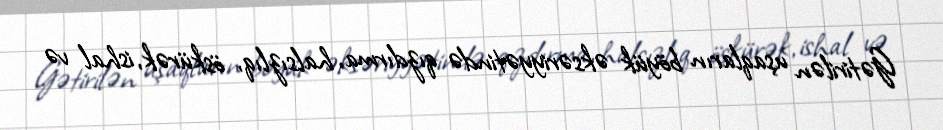
Gətirilən uşaqların böyük əksəriyyətində qızdırma, halsızlıq, öskürək, ishal və